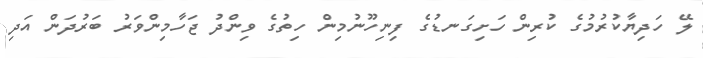
ލޭ ހަދިޔާކުރުމުގެ ކުރިން ހަށިގަނޑުގެ ފިނިހޫނުމިން ހިތުގެ ވިންދު ޖަހާމިންވަރު ބަރުދަން އަދި